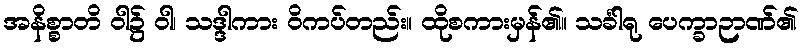
အနိစ္စာတိ ဝါ၌ ဝါ၊ သဒ္ဒါကား ဝိကပ်တည်း။ ထိုစကားမှန်၏။ သင်္ခါရု ပေက္ခာဉာဏ်၏